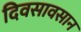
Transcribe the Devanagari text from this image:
दिवसावसान